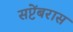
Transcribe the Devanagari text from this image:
सप्टेंबरास